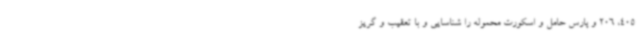
405، 206 و پارس حامل و اسکورت محموله را شناسایی و با تعقیب و گریز